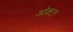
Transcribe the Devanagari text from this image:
ओक्टर